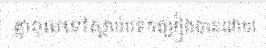
គ្នាចូលទៅស្តាប់បទចម្រៀងបានដោយ